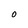
Character: O